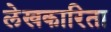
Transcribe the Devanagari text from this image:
लेखकारिता